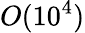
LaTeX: O(10^{4})